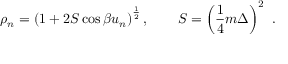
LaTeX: \rho _ { n } = \left( 1 + 2 S \cos \beta u _ { n } \right) ^ { \frac { 1 } { 2 } } , \qquad S = \left( { \frac { 1 } { 4 } } m \Delta \right) ^ { 2 } \ .